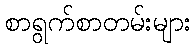
စာရွက်စာတမ်းများ